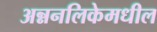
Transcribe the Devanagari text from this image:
अन्ननलिकेमधील